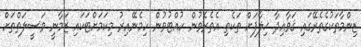
ޒިންމާތަކުގެތެރޭގައި ޤަވާއިދާ ޚިލާފަށް ތަކެތި އެތެރެވުން ހުއްޓުވުން ހިމެނޭއިރު މިކަމަށްޓަކައި ޒަމާނީ ވަސީލަތްތަށް